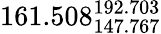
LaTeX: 161.508_{147.767}^{192.703}